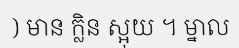
) មាន ក្លិន ស្អុយ ។ ម្នាល